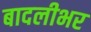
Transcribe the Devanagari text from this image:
बादलीभर